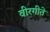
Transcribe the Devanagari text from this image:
वीरगीते